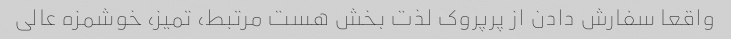
واقعا سفارش دادن از پرپروک لذت بخش هست مرتبط، تمیز، خوشمزه عالی